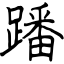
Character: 蹯